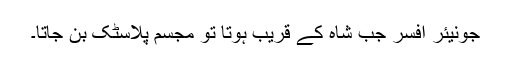
جونیئر افسر جب شاہ کے قریب ہوتا تو مجسم پلاسٹک بن جاتا۔